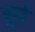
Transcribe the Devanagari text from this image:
वूले